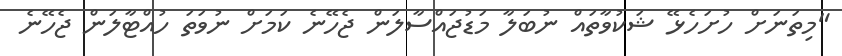
"މިތަނަށް ހުށަހެޅޭ ޝަކުވާތައް ނުބަލާ މަޑުޖައްސާލަން ޖެހޭނެ ކަމަށް ނުވަތަ ހުއްޓާލަން ޖެހޭނެ